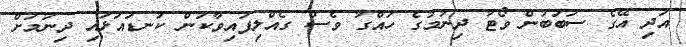
އަދި އޭގެ ސަބަބުން ވޯޓު ދިނުމުގެ ހައްގު ވެސް ގެއްލިފައިވާކަން ކަނޑައަޅައި ދިނުމަށް